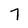
Character: 7